Document type: Sale
Year: 1430
Scribe: [Unknown]
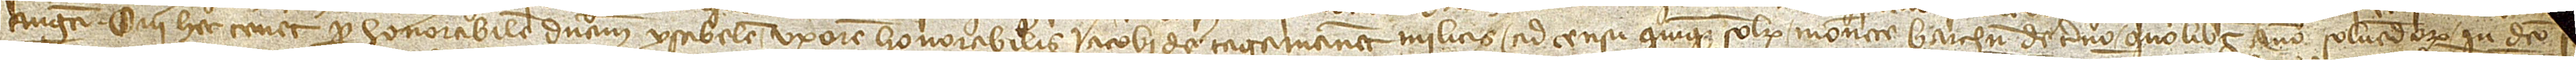
augusti, qui hec tenet per honorabilem dominam Ysabelem, uxorem honorabilis Iacobi de Tagamanent, militis, ad censu quinque solidorum monete Barchinone de terno quolibet anno solvendorum in dicto [festo]